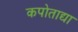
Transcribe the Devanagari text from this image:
कपोताद्या